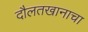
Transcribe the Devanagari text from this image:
दौलतखानाचा